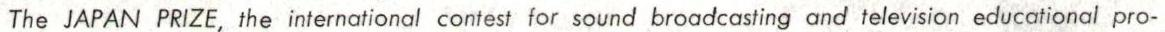
The JAPAN PRIZE,the international contest for sound broadcasting and television educational pro-